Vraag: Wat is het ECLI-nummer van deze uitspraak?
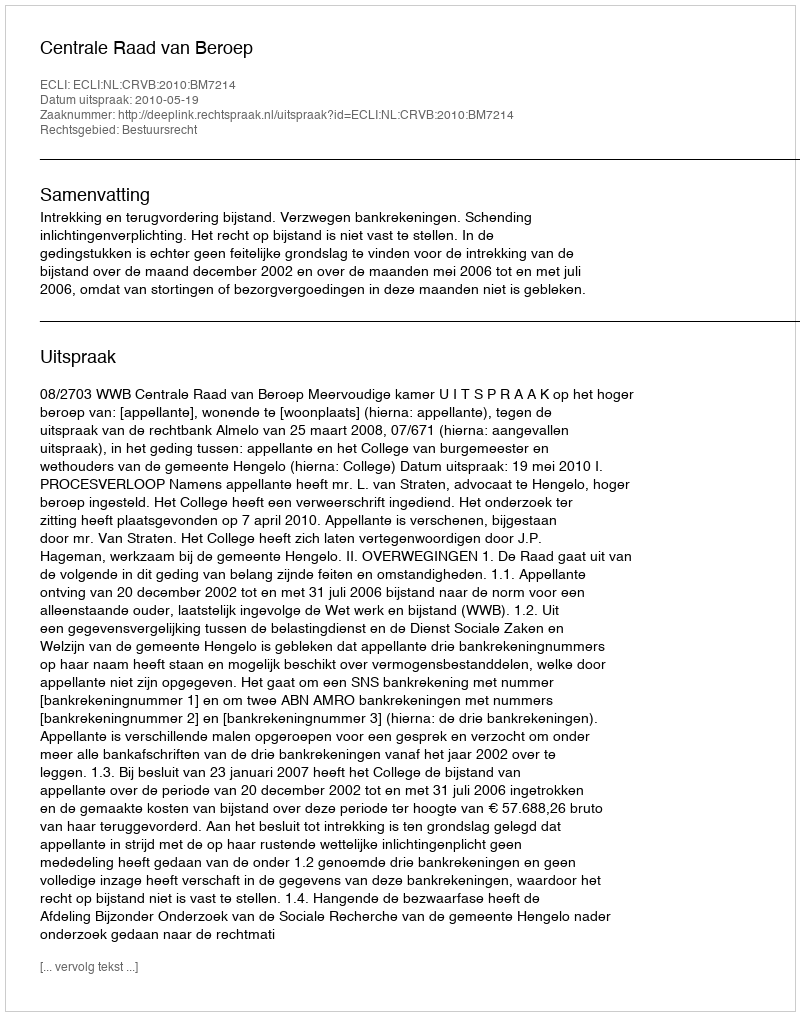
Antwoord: ECLI:NL:CRVB:2010:BM7214